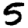
Digit: 5